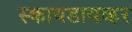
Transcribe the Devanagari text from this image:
स्कायडायव्हर